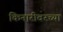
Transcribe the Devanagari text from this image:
किनारीवरच्या